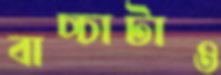
বাচ্চাটাও